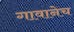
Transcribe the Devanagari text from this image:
गावानेच